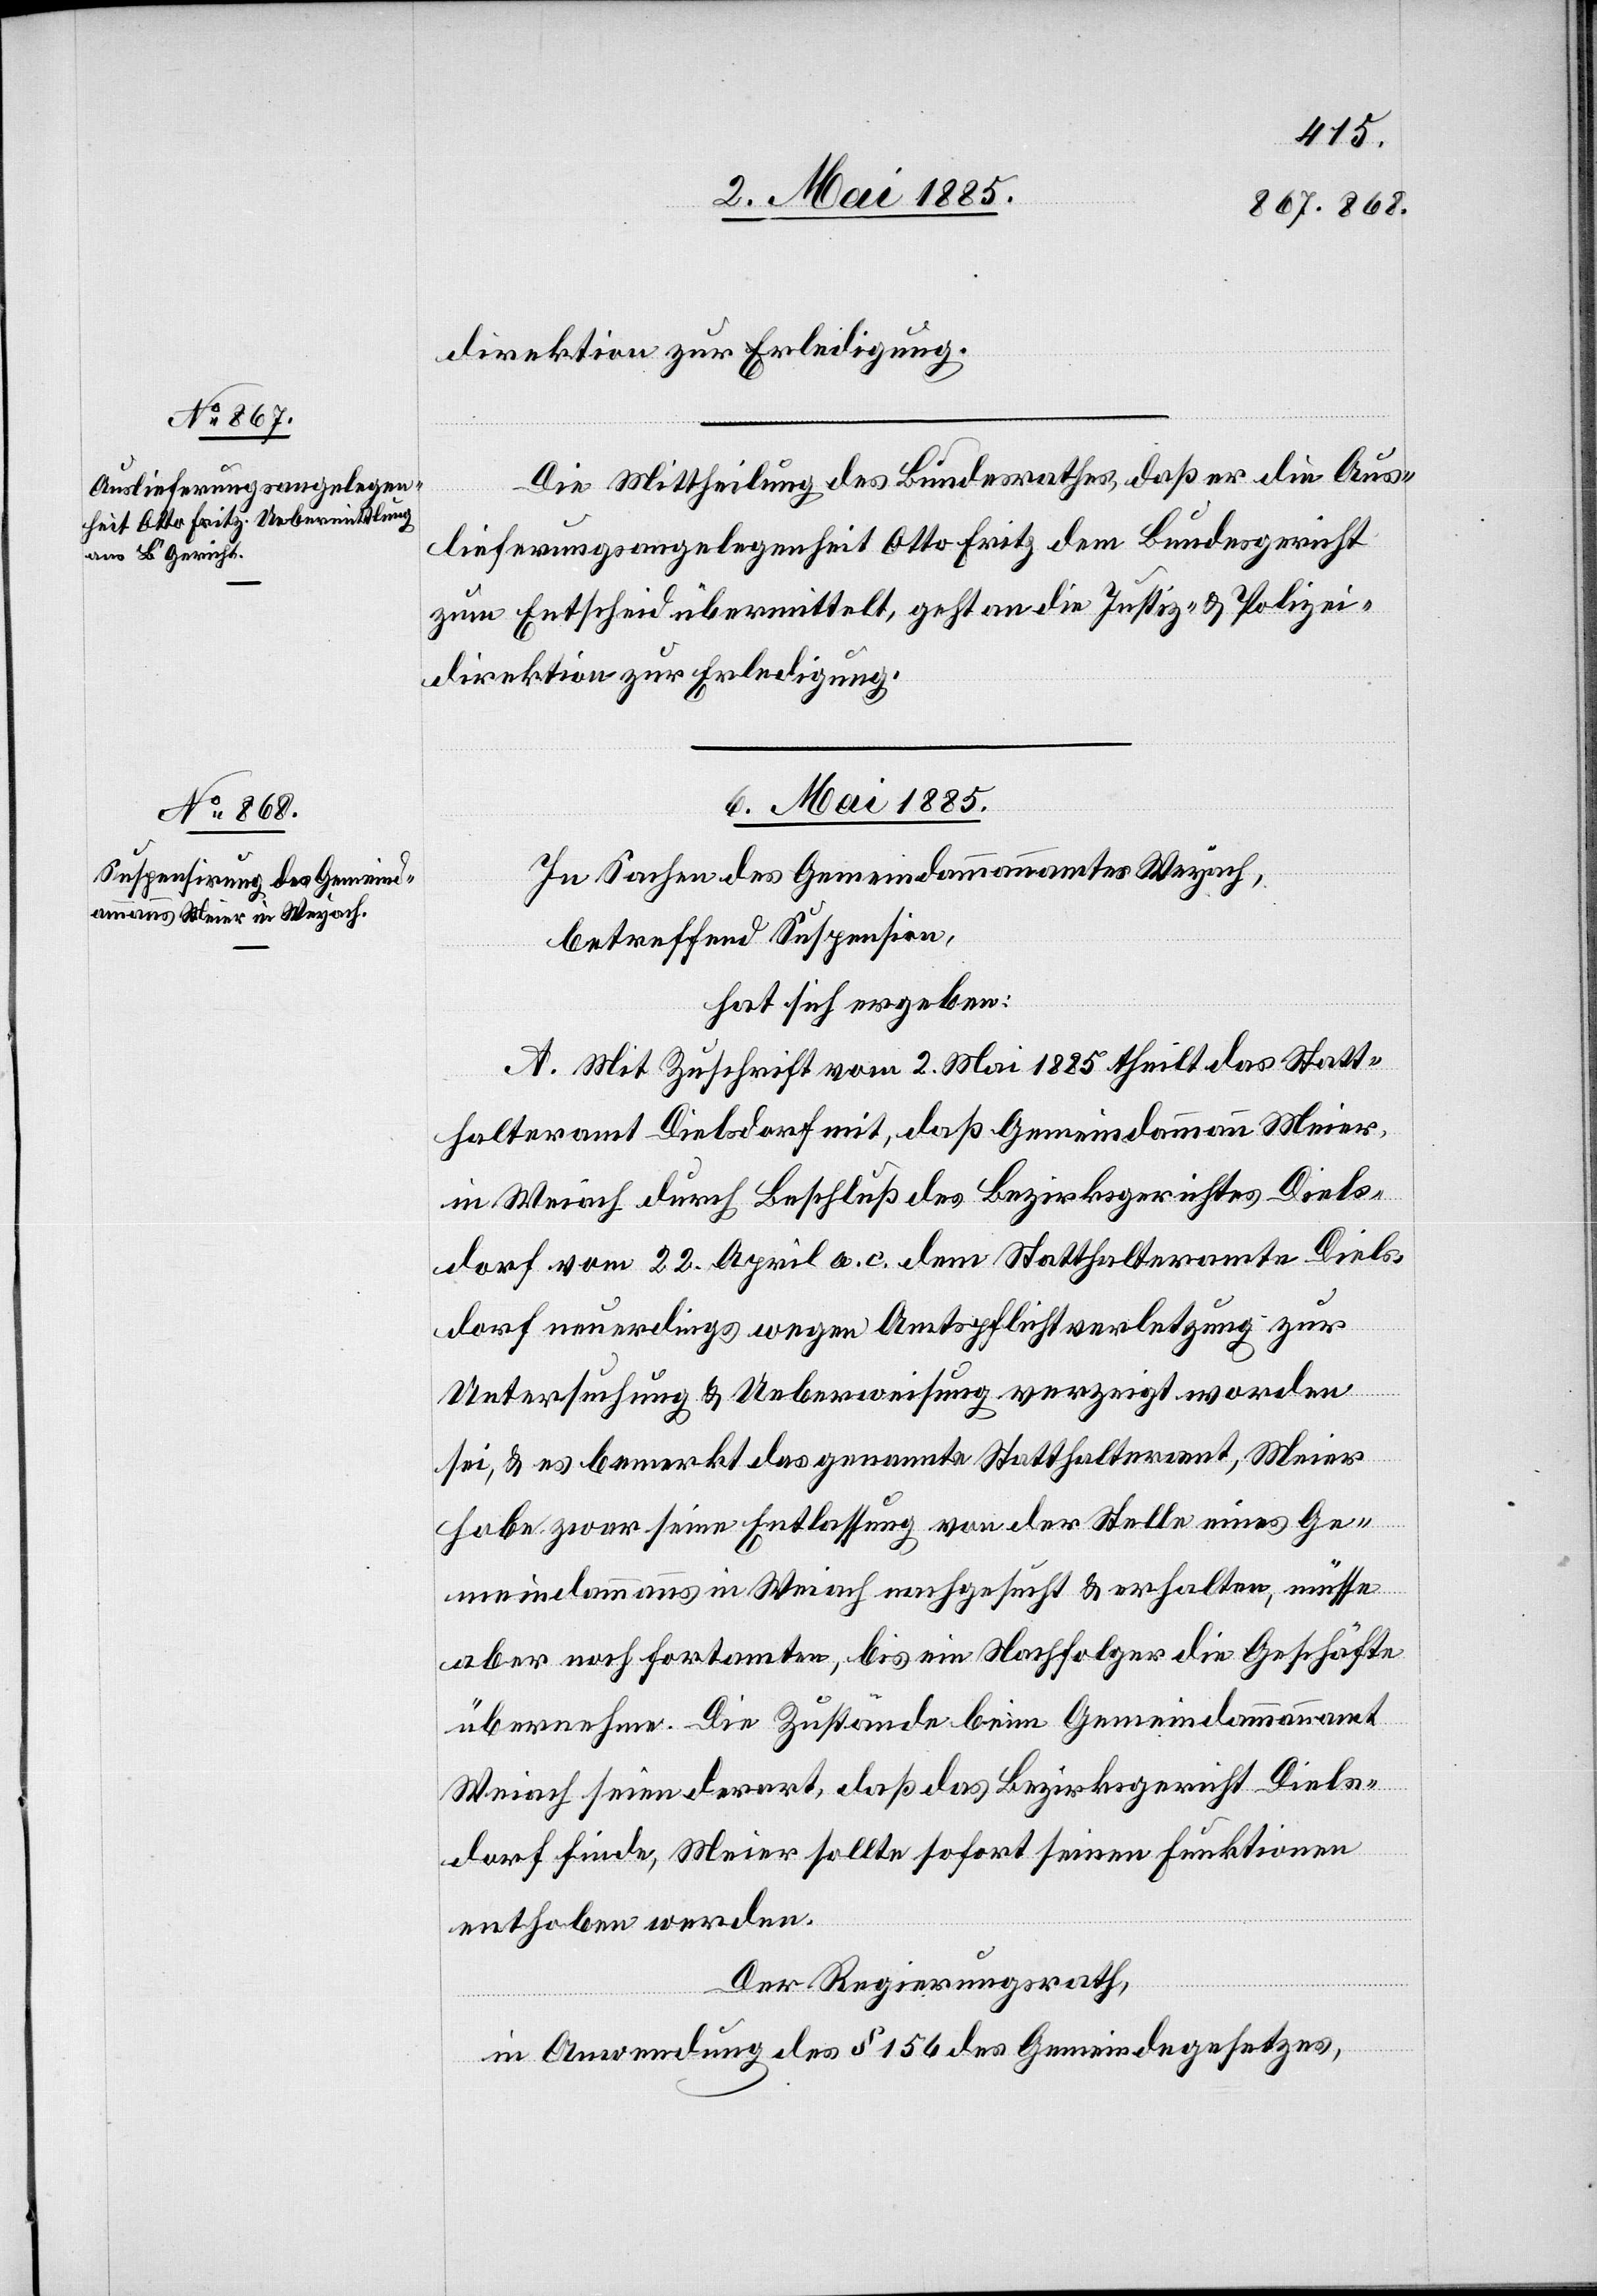
Die Mittheilung des Bundesrathes, daß er die Aus¬
lieferungsangelegenheit Otto Fritz dem Bundesgericht
zum Entscheid übermittelt, geht an die Justiz- & Polizei¬
direktion zur Erledigung.
06. Mai 1885.
In Sachen des Gemeindammannamtes Weyach,
betreffend Suspension,
hat sich ergeben:
A. Mit Zuschrift vom 2. Mai 1885 theilt das Statt¬
halteramt Dielsdorf mit, daß Gemeindammann Meier,
in Weiach durch Beschluß des Bezirksgerichtes Diels¬
dorf vom 22. April a. c. dem Statthalteramte Diels¬
dorf neuerdings wegen Amtspflichtverletzung zur
Untersuchung & Ueberweisung verzeigt worden
sei, & es bemerkt das genannte Statthalteramt, Meier
habe zwar seine Entlassung von der Stelle eines Ge¬
meindammanns aus in Weiach nachgesucht & erhalten, müsse
aber noch fortamten, bis ein Nachfolger die Geschäfte
übernehme Die Zustände beim Gemeindeammannamt
Weiach seien derart, daß das Bezirksgericht Diels¬
dorf finde, Meier sollte sofort seinen Funktionen
enthoben werden.
Der Regierungsrath,
in Anordnung des § 156 des Gemeindegesetzes,